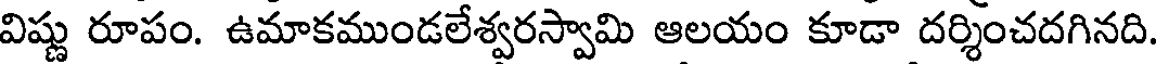
విష్ణు రూపం. ఉమాకముండలేశ్వరస్వామి ఆలయం కూడా దర్శించదగినది